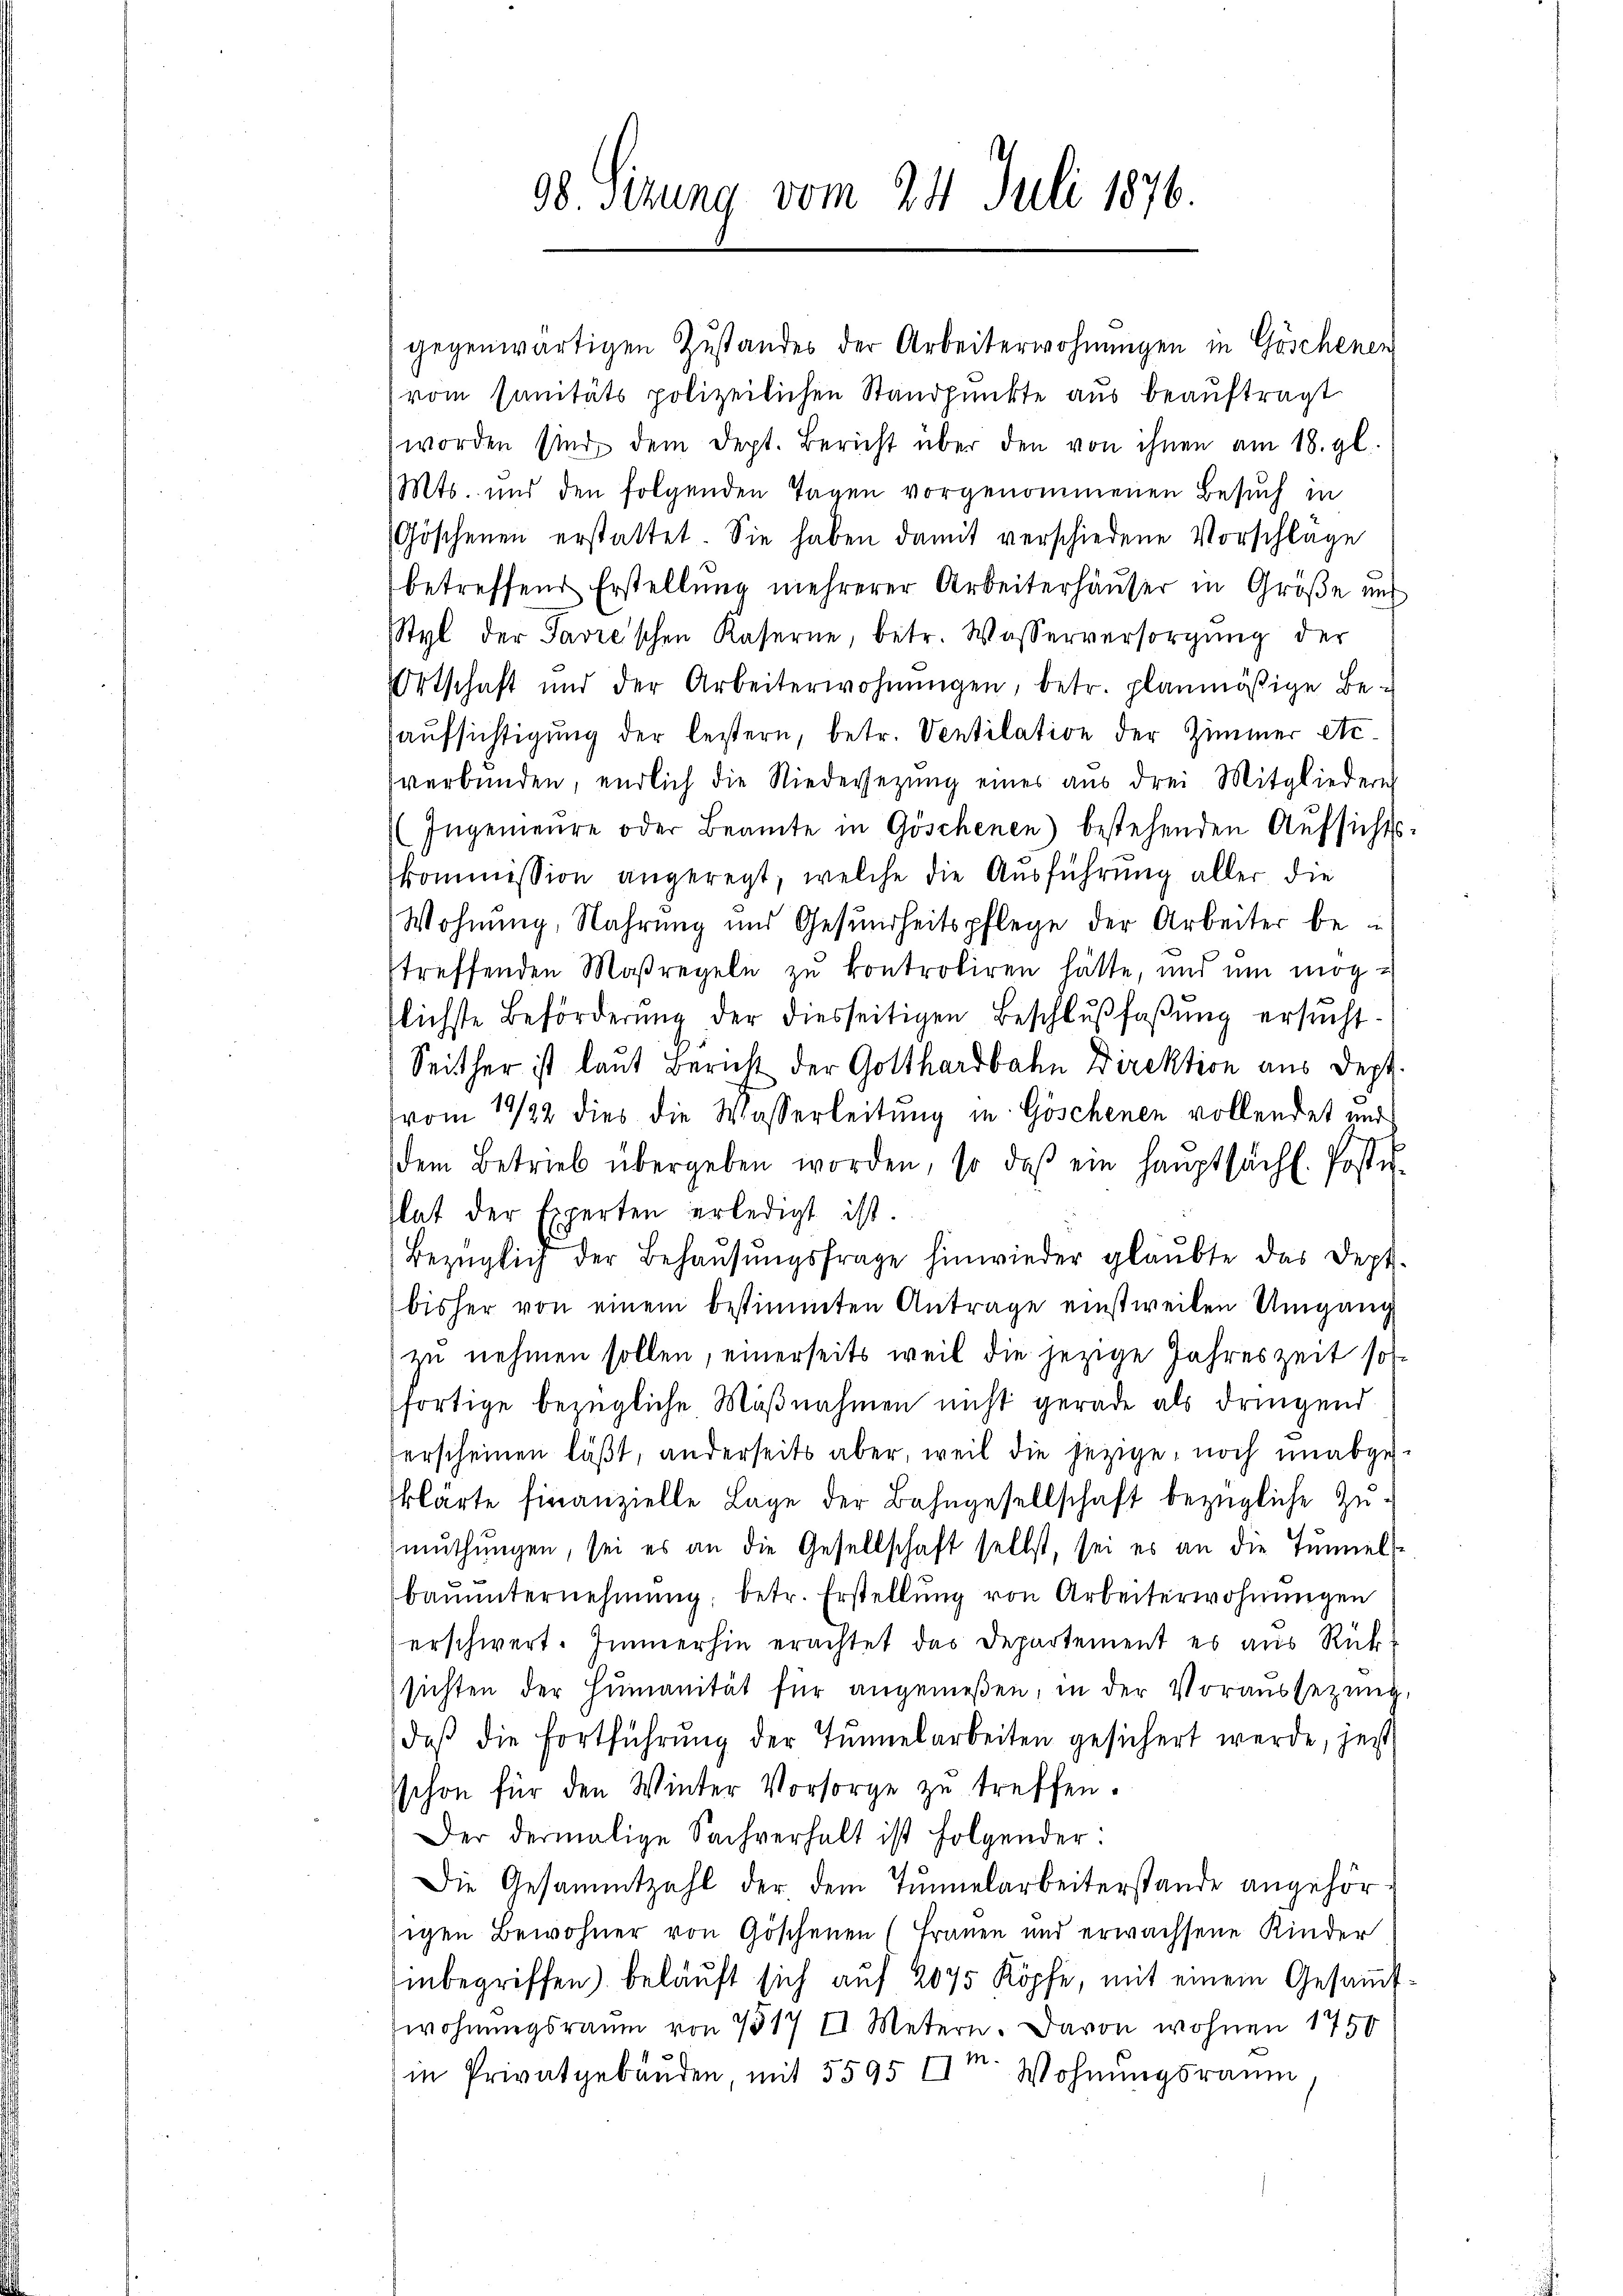
98 Sizung vom 24. Juli 1876.

gegenwärtigen Zustandes der Arbeiterwohnungen in Göschenen
vom Sanitäts polizeilichen Standpunkte aus beauftragt
worden sind dem Dept. Bericht über den von ihnen am 18. gl.
(Mts. und den folgenden Tagen vorgenommenen Besuch in
Göschenen erstattet. Sie haben damit verschiedene Vorschlage
betreffend Erstellung mehrerer Arbeiterhäuser in Größe uns
Styl der Savre'schen Kaserne, betr. Wasserversorgŭng der
Ortschaft und der Arbeiterwohnŭngen, betr. planmäßige Be-
aufsichtigung der leitern, betr. Ventilation der Zimmer Acverbunden, endlich die Niedersetzung eines aus drei Mitgliedern
Ingenieure oder Beamte in Göschenen) bestehenden Aŭfsichts-
kommission angeregt, welche die Ausführung aller die
Wohnung, Nahrung und Gesundheitspflege der Arbeiter be
treffenden Maßregeln zu kontroliren hätte, und um mögtlichste Beförderŭng der diesseitigen Beschlŭβfaβŭng ersŭcht-
Seither ist laut Bericht der Gotthardbahn Direktion aus dept.
(vom 19/22 dies die Wasserleitung in Göschenen vollendet und
dem Betrieb übergeben worden, so daβ ein Haŭptsächl. Postu-
lat der Experten erledigt ist.
Bezüglich der Behausungsfrage hinwieder glaubte das Dept.
bisher von einem bestimmten Antrage einstweilen Umgang
zu nehmen sollen, einerseits weil die jezige Jahreszeit sol¬
(fortige bezügliche Maßnahmen nicht gerade als dringend
erscheinen läβt, anderseits aber, weil die jezige, noch unabge-
klärte finanzielle Lage der Bahngesellschaft bezügliche Zumŭthŭngen, sei es an die Gesellschaft selbst, sei es an die Tunnels
baŭŭnternehmung; betr. Erstellŭng von Arbeiterwohnŭngen
erschwert. Immerhin erachtet das Departement es aus Rück
sichten der Humanität für angemeßen, in der Voraussetzung.
daß die Fortführŭng der Tunnelarbeiten gesichert werde, jetzt
schon für den Winter Vorsorge zŭ treffen.
Der dermalige Sachverhalt ist folgender.
Die Gesammtzahl der dem Tunnelarbeiterstande angehörsigen Bewohner von Göschenen (Frauen und erwachsene Kinder
inbegriffen) belaŭft sich aŭf 2075 Köpfe, mit einem Gesaṁt
wohnungsraum von 7317 II Metern. Davon wohnen 175
in Privatgebäŭden mit 5595 II. Wohnungsraum,